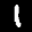
Label: 1